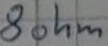
Text: 8ohm